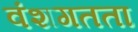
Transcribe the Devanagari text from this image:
वंशगतता